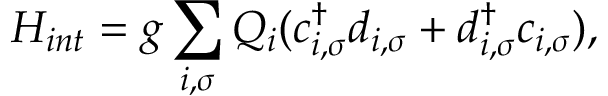
H _ { i n t } = g \sum _ { i , \sigma } Q _ { i } ( c _ { i , \sigma } ^ { \dag } d _ { i , \sigma } + d _ { i , \sigma } ^ { \dag } c _ { i , \sigma } ) ,